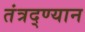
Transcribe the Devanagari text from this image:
तंत्रद्ण्यान